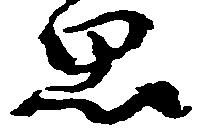
思